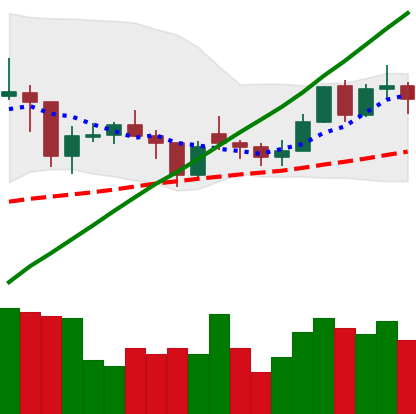
Ticker: LTC-USD
Chart end date: 2021-02-07
Forward return: 30.496%
Label: up_7plus